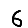
Digit: 6